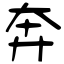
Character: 奔